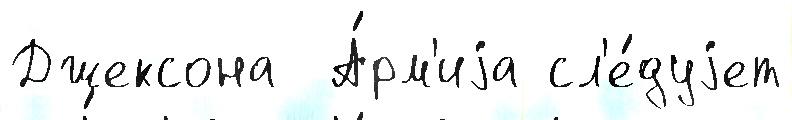
Джексона  А́рм'иjа сл'е́дуjет